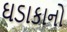
ઘડાકાનો